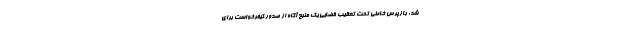
شد: بازپرس خاطی تحت تعقیب قضایی یک منبع آگاه از صدور کیفرخواست برای